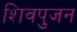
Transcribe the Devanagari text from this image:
शिवपुजन